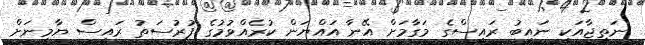
ނަތީޖާއަކީ ނައިބު ރައީސްގެ މަގާމަށް އޭނާ އައްޔަން ކުރެއްވުމުގެ ފުރުސަތު ރައީސް ޔާމީނަށް